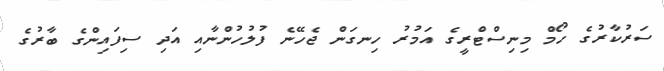
ސަރުކާރުގެ ހޯމް މިނިސްޓްރީގެ އަމުރު ހިނގަން ޖެހޭނެ ފުލުހުންނާއި އަދި ސިފައިންގެ ބާރުގެ